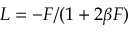
{ \cal L } = - { \cal F } / ( 1 + 2 \beta { \cal F } )